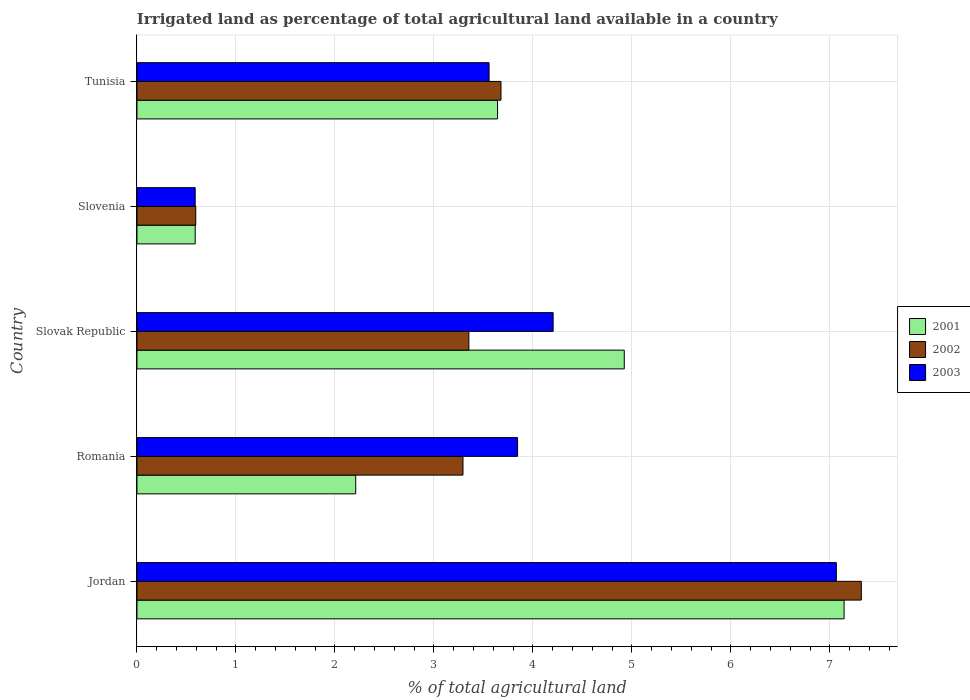
| Country | 2001 | 2002 | 2003 |
 | --- | --- | --- | --- |
 | Jordan | 7.14 | 7.32 | 7.06 |
 | Romania | 2.21 | 3.29 | 3.84 |
 | Slovak Republic | 4.92 | 3.35 | 4.2 |
 | Slovenia | 0.588 | 0.594 | 0.588 |
 | Tunisia | 3.64 | 3.68 | 3.56 |